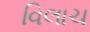
વિલાચ